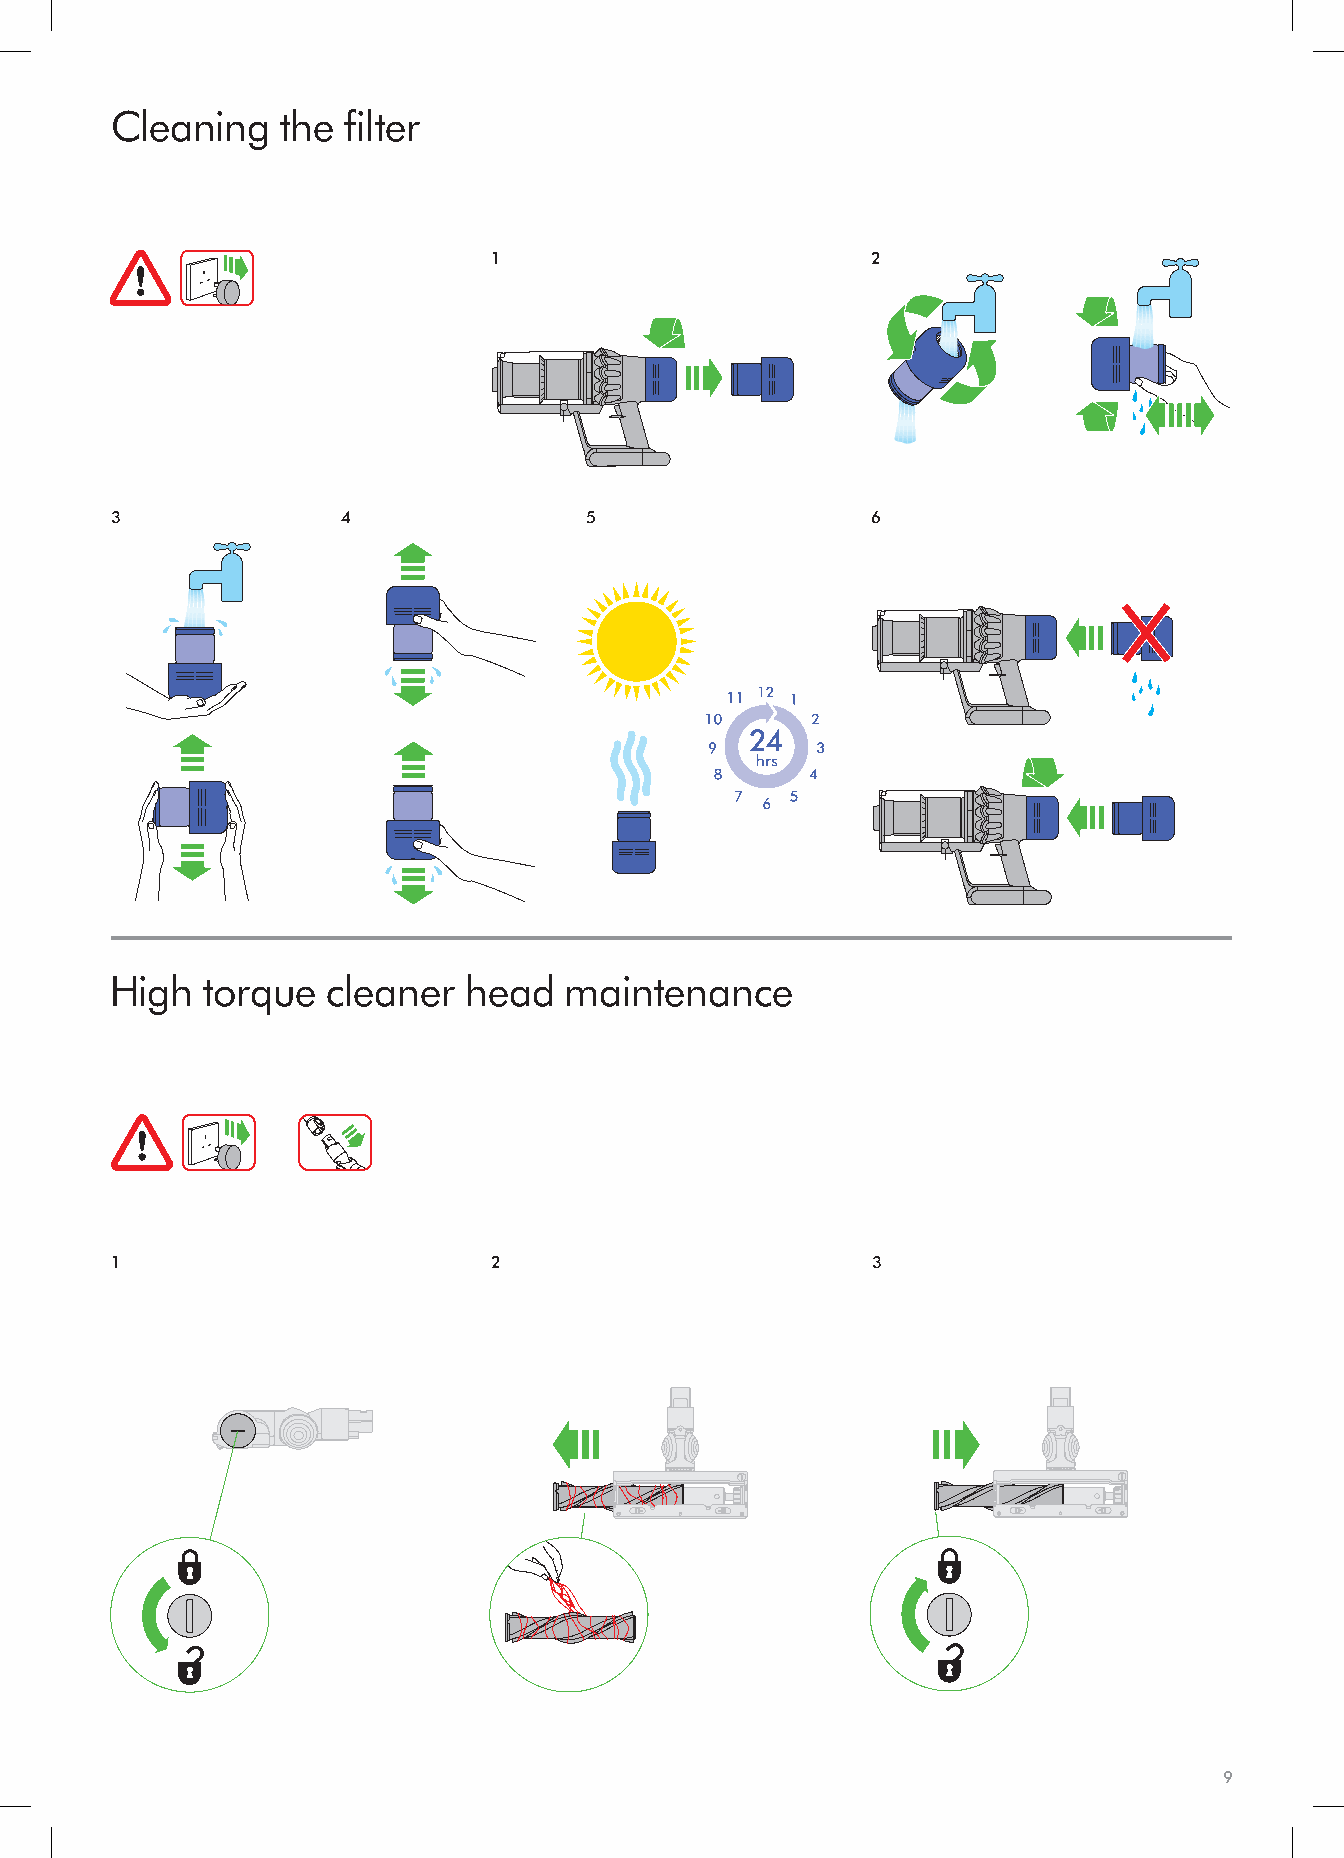
1
 1
 2
 3
 2
 3
 1
 4
 4
 1     Cleaning    the filter
 1
 2
 3
 1                        2
 2
 3
 4
 2
 3
 kilc
 4
 4
 3               4               5                  6
 clik
 clik
 High   torque  cleaner  head  maintenance
 clik
 4
 1                         2                        3
 clik
 clik
 3
 2
 1
 9